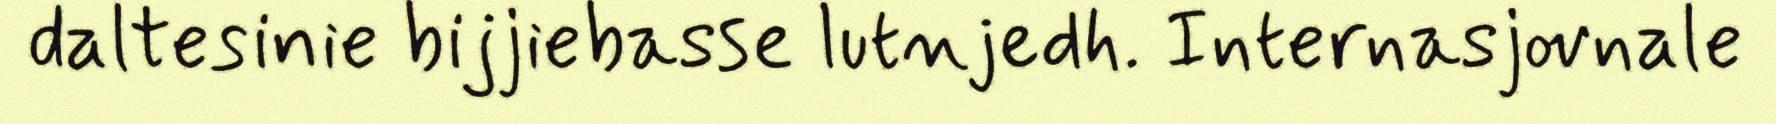
daltesinie bijjiebasse lutnjedh. Internasjovnale